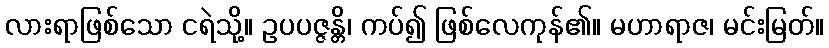
လားရာဖြစ်သော ငရဲသို့။ ဥပပဇ္ဇန္တိ၊ ကပ်၍ ဖြစ်လေကုန်၏။ မဟာရာဇ၊ မင်းမြတ်။